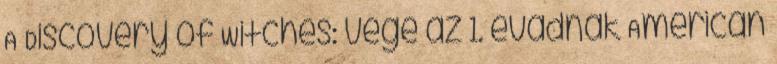
A Discovery of Witches: vége az 1. évadnak American